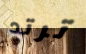
ترتد